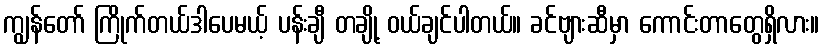
ကျွန်တော် ကြိုက်တယ်ဒါပေမယ့် ပန်းချီ တချို့ ဝယ်ချင်ပါတယ်။ ခင်ဗျားဆီမှာ ကောင်းတာတွေရှိလား။